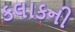
કલાકની